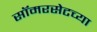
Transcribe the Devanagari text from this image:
सॉमरसेटच्या